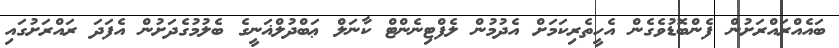
ބައެއްރައްރަށުން ފެންބޮޑުވެގެން އެހީތެރިކަމަށް އެދުމުން ލެފްޓިނެންޓް ކާނަލް ޢަބްދުލްޣަނީީގެ ބެލުމުގެދަށުން އެފަދަ ރައްރަށުގައި